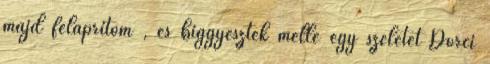
majd felaprítom , és biggyesztek mellé egy szeletet Dorci